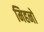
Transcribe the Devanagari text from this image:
मिहनो